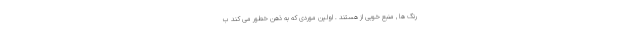
رنگ ها , منبع خوبی از هستند . اولین موردی که به ذهن خطور می کند ب